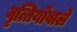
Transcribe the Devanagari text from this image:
वृत्तियोंवाले